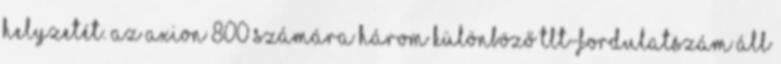
helyzetét. Az AXION 800 számára három különböző TLT-fordulatszám áll